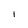
Character: 1